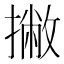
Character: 撇